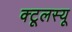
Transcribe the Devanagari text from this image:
क्टूलस्यू